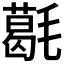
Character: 𣰌